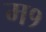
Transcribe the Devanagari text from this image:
म१